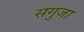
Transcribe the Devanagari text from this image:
सगुजा